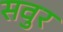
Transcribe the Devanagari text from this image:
सवुर